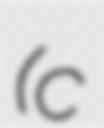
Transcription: (c